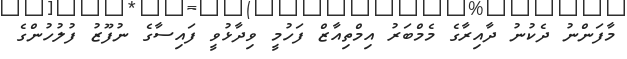
މާފަންނު ދެކުނު ދާއިރާގެ މެމްބަރު އިމްތިއާޒް ފަހުމީ ވިދާޅުވީ ފައިސާގެ ނުފޫޒު ފުލުހުންގެ